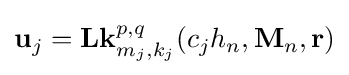
\mathbf {u} _{j}=\mathbf {L\mathbf {k} } _{m_{j},k_{j}}^{p,q}(c_{j}h_{n},\mathbf {M} _{n},\mathbf {r} )